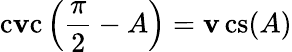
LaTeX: \operatorname{c\mathbf{v}c}\left({\frac{{\pi}}{{2}}}-A\right)=\operatorname{\mathbf{v}cs}(A)